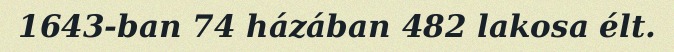
1643-ban 74 házában 482 lakosa élt.